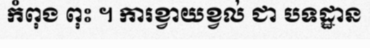
កំពុង ពុះ ។ ការខ្វាយខ្វល់ ជា បទដ្ឋាន